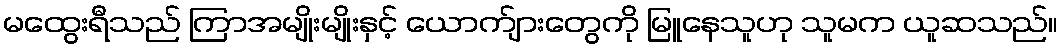
မထွေးရီသည် ကြာအမျိုးမျိုးနှင့် ယောက်ျားတွေကို မြူနေသူဟု သူမက ယူဆသည်။